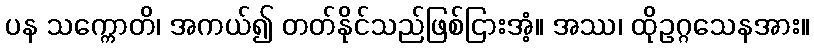
ပန သက္ကောတိ၊ အကယ်၍ တတ်နိုင်သည်ဖြစ်ငြားအံ့။ အဿ၊ ထိုဥဂ္ဂသေနအား။